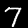
Label: 7